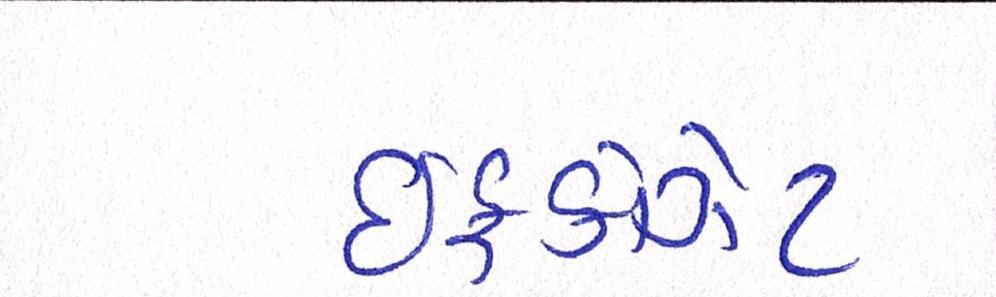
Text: ઈફકોગેટ